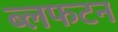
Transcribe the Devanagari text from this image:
ब्लफटन